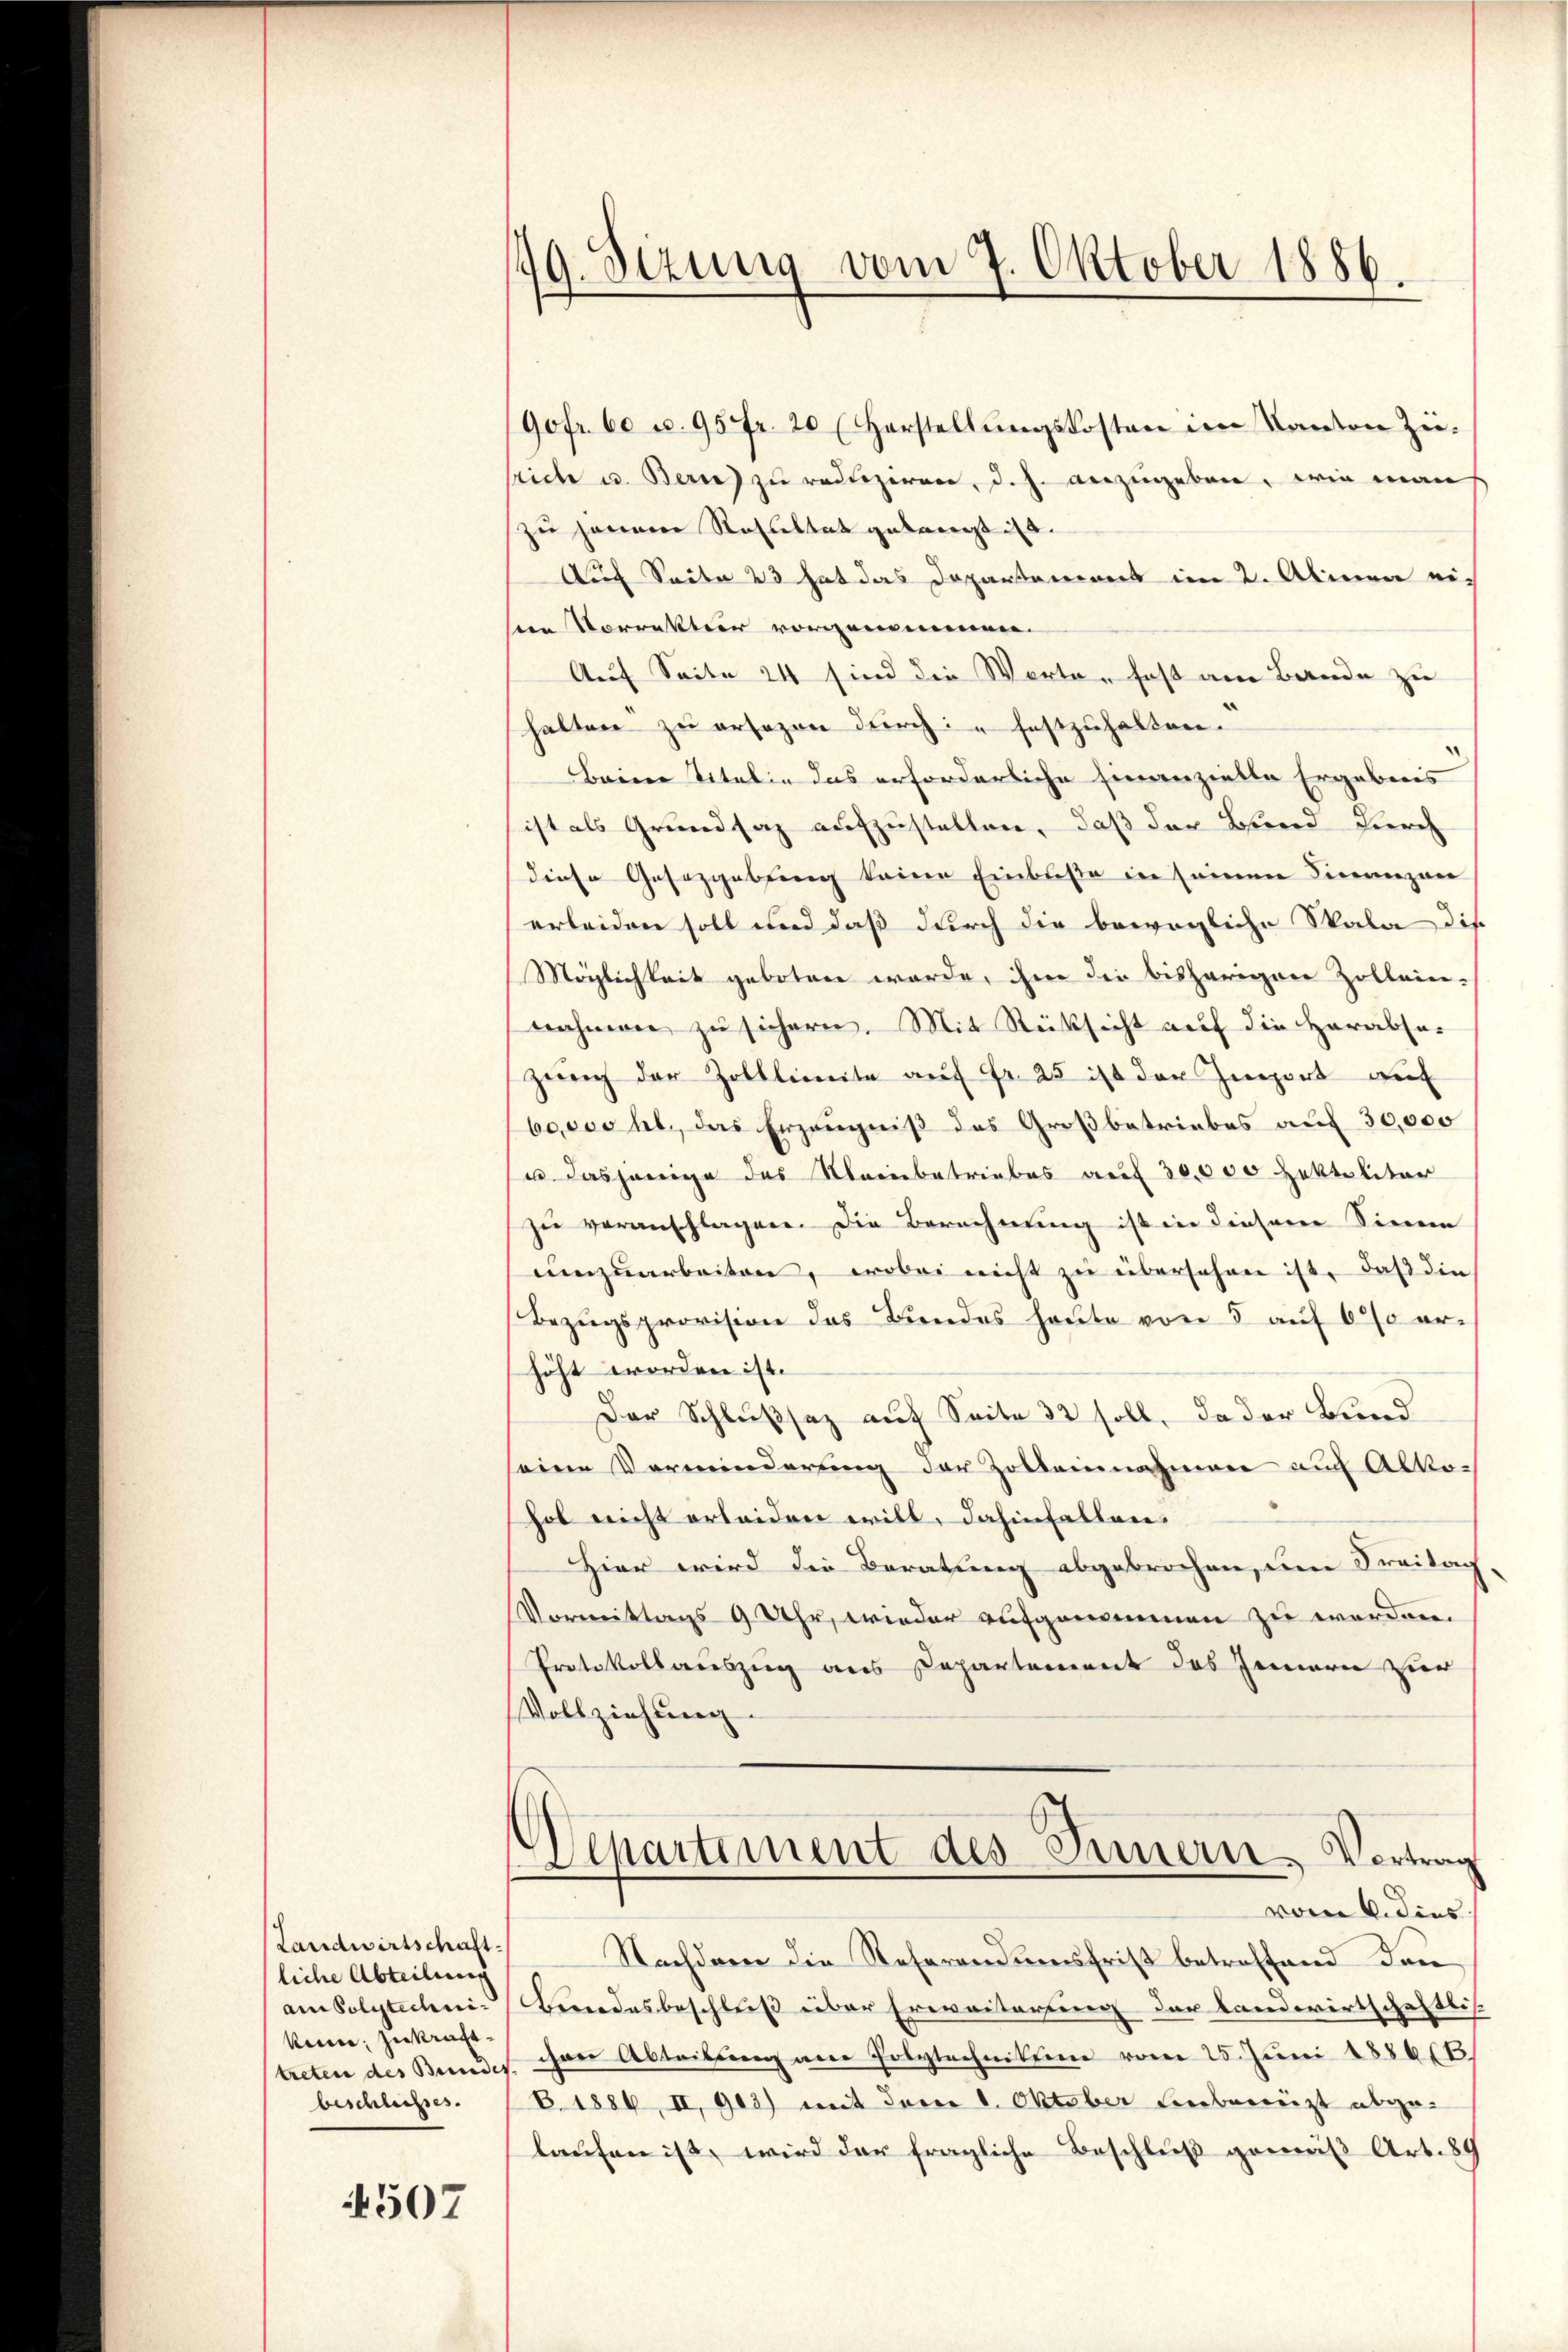
Landwirtschaft.
liche Abteilung
ken; zu kraftbeschlusses.

4507

49. Sezung vom 7. Oktober 1886.

(90fr. 60 u. 95fr. 20 (Horstellungskosten im Kanton Züsrich u. Benz zu reduziren, d. h. anzugeben, wie man
zu hannere Resultat gelangt ist.
Auch Seite 23 hat das Departement im 2. Almen ei
in Vorrektur vorgenommen.
Auf Seite 24 sind die Worten fast am Bande zu
halten zu ersezen durch festzuhalten.
Beim Titelin das erforderliche hinanzielle Ergebnis
sistals Grundsaz aufzustellen, daß der Bund durch
diese Gesetzgebung keine Einbuße in seinen Finanzen
erleiden soll und daß durch die bewegliche Skala die
Möglichkeit geboten werde, ihm die bisherigen Zollein-
nahmen zu sichern. Mit Rücksicht auf die Herabsozung der Zolllimite auf Fr. 25 ist der Import auf
boooo hl. das Erzeugniß des Großbetriebes auf 30,000
u dasjenige des Kleinbetriebes auf 30,000 Zektoliter
zu veranschlagen. Die Berechnung ist in diesem Sinne
umzuarbeiten, wobei nicht zu übersehen ist, daß die
Bezugsprovision das Bundes heute von 5 auf 6% orhöht worden ist.
Der Schlußsaz auf Seite 32 soll, da der Bund
seine Verminderung der Zolleinnahmen auch Alkohol nicht erleiden will, dahinfallen.
Hier wird die Beratung abgebrochen, den Freitach
Vormittags 9 Uhr, wieder aufgenommen zu worden.
Protokollauszug aus Departement des Innern zur
Vollziehung.
Departement des Innern, Vortrag
vom 6. dies
Nachdem die Referandumsfrist betreffend dann
am Polytechni- Bundesbeschluß über Erweiterung der Landwirtschaftli
treten des Bundes. an Abteibung am Polytechnitten vom 25. Juni 188666.
B. 1886, II, 902) mit dem 1. Oktober Liebereizt abgelaufen ist, wird der fragliche Beschluß gemäß Art. 89